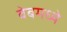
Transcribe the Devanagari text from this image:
वेबमध्ये